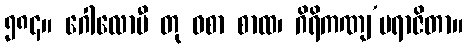
၅၈၄။ ဂေါလောမီ တု ဝစာ စာထ၊ ဂိရိကဏျ’ပရာဇိတာ။